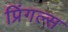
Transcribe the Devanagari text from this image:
प्रिंगल्स